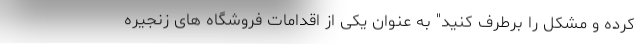
کرده و مشکل را برطرف کنید" به عنوان یکی از اقدامات فروشگاه های زنجیره